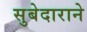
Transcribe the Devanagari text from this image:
सुबेदाराने